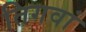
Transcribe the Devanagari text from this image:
तिगवां